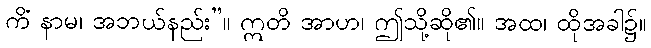
ကိံ နာမ၊ အဘယ်နည်း”။ ဣတိ အာဟ၊ ဤသို့ဆို၏။ အထ၊ ထိုအခါ၌။